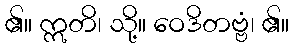
၏။ ဣတိ၊ သို့။ ဝေဒိတဗ္ဗံ၊ ၏။